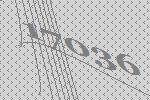
17036